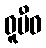
ဓူမီဝ